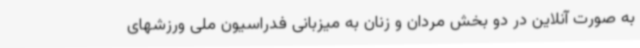
به صورت آنلاین در دو بخش مردان و زنان به میزبانی فدراسیون ملی ورزشهای